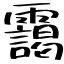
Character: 靄